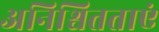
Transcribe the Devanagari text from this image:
अनिश्चितताएं